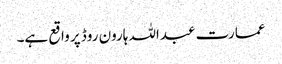
عمارت عبداللہ ہارون روڈ پر واقع ہے۔